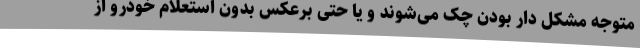
متوجه مشکل دار بودن چک می‌شوند و یا حتی برعکس بدون استعلام خودرو از